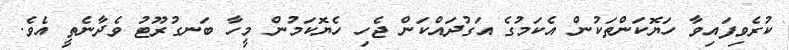
ކުރެވިފައިވާ ހަޔޮކަންތަކުން އެކަމުގެ އަގުދައްކަން ޖެހި ހެޔޮކަމުން މީހާ ބަނގުރޫޓު ވެދާނެތީ އެވެ.